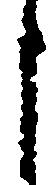
申